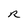
Character: R